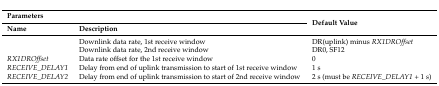
| Parameters |  | <ROWSPAN=2> Default Value |
 | Name | Description |
 | --- | --- | --- |
 |  | Downlink data rate, 1st receive window | DR(uplink) minus RX1DROffset |
 |  | Downlink data rate, 2nd receive window | DR0, SF12 |
 | RX1DROffset | Data rate offset for the 1st receive window | 0 |
 | RECEIVE_DELAY1 | Delay from end of uplink transmission to start of 1st receive window | 1 s |
 | RECEIVE_DELAY2 | Delay from end of uplink transmission to start of 2nd receive window | 2 s (must be RECEIVE_DELAY1 + 1 s) |